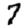
Digit: 7